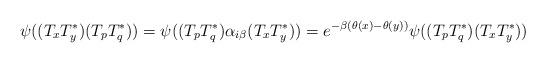
LaTeX: \begin{align*}\psi((T_xT_y^*)(T_pT_q^*))=\psi((T_pT_q^*)\alpha_{i\beta}(T_xT_y^*))=e^{-\beta(\theta(x)-\theta(y))}\psi((T_pT_q^*)(T_xT_y^*))\end{align*}